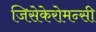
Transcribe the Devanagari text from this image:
जिसेकेरोमन्सी